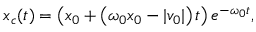
x _ { c } ( t ) = \left( x _ { 0 } + \left( \omega _ { 0 } x _ { 0 } - | v _ { 0 } | \right) t \right) e ^ { - \omega _ { 0 } t } ,